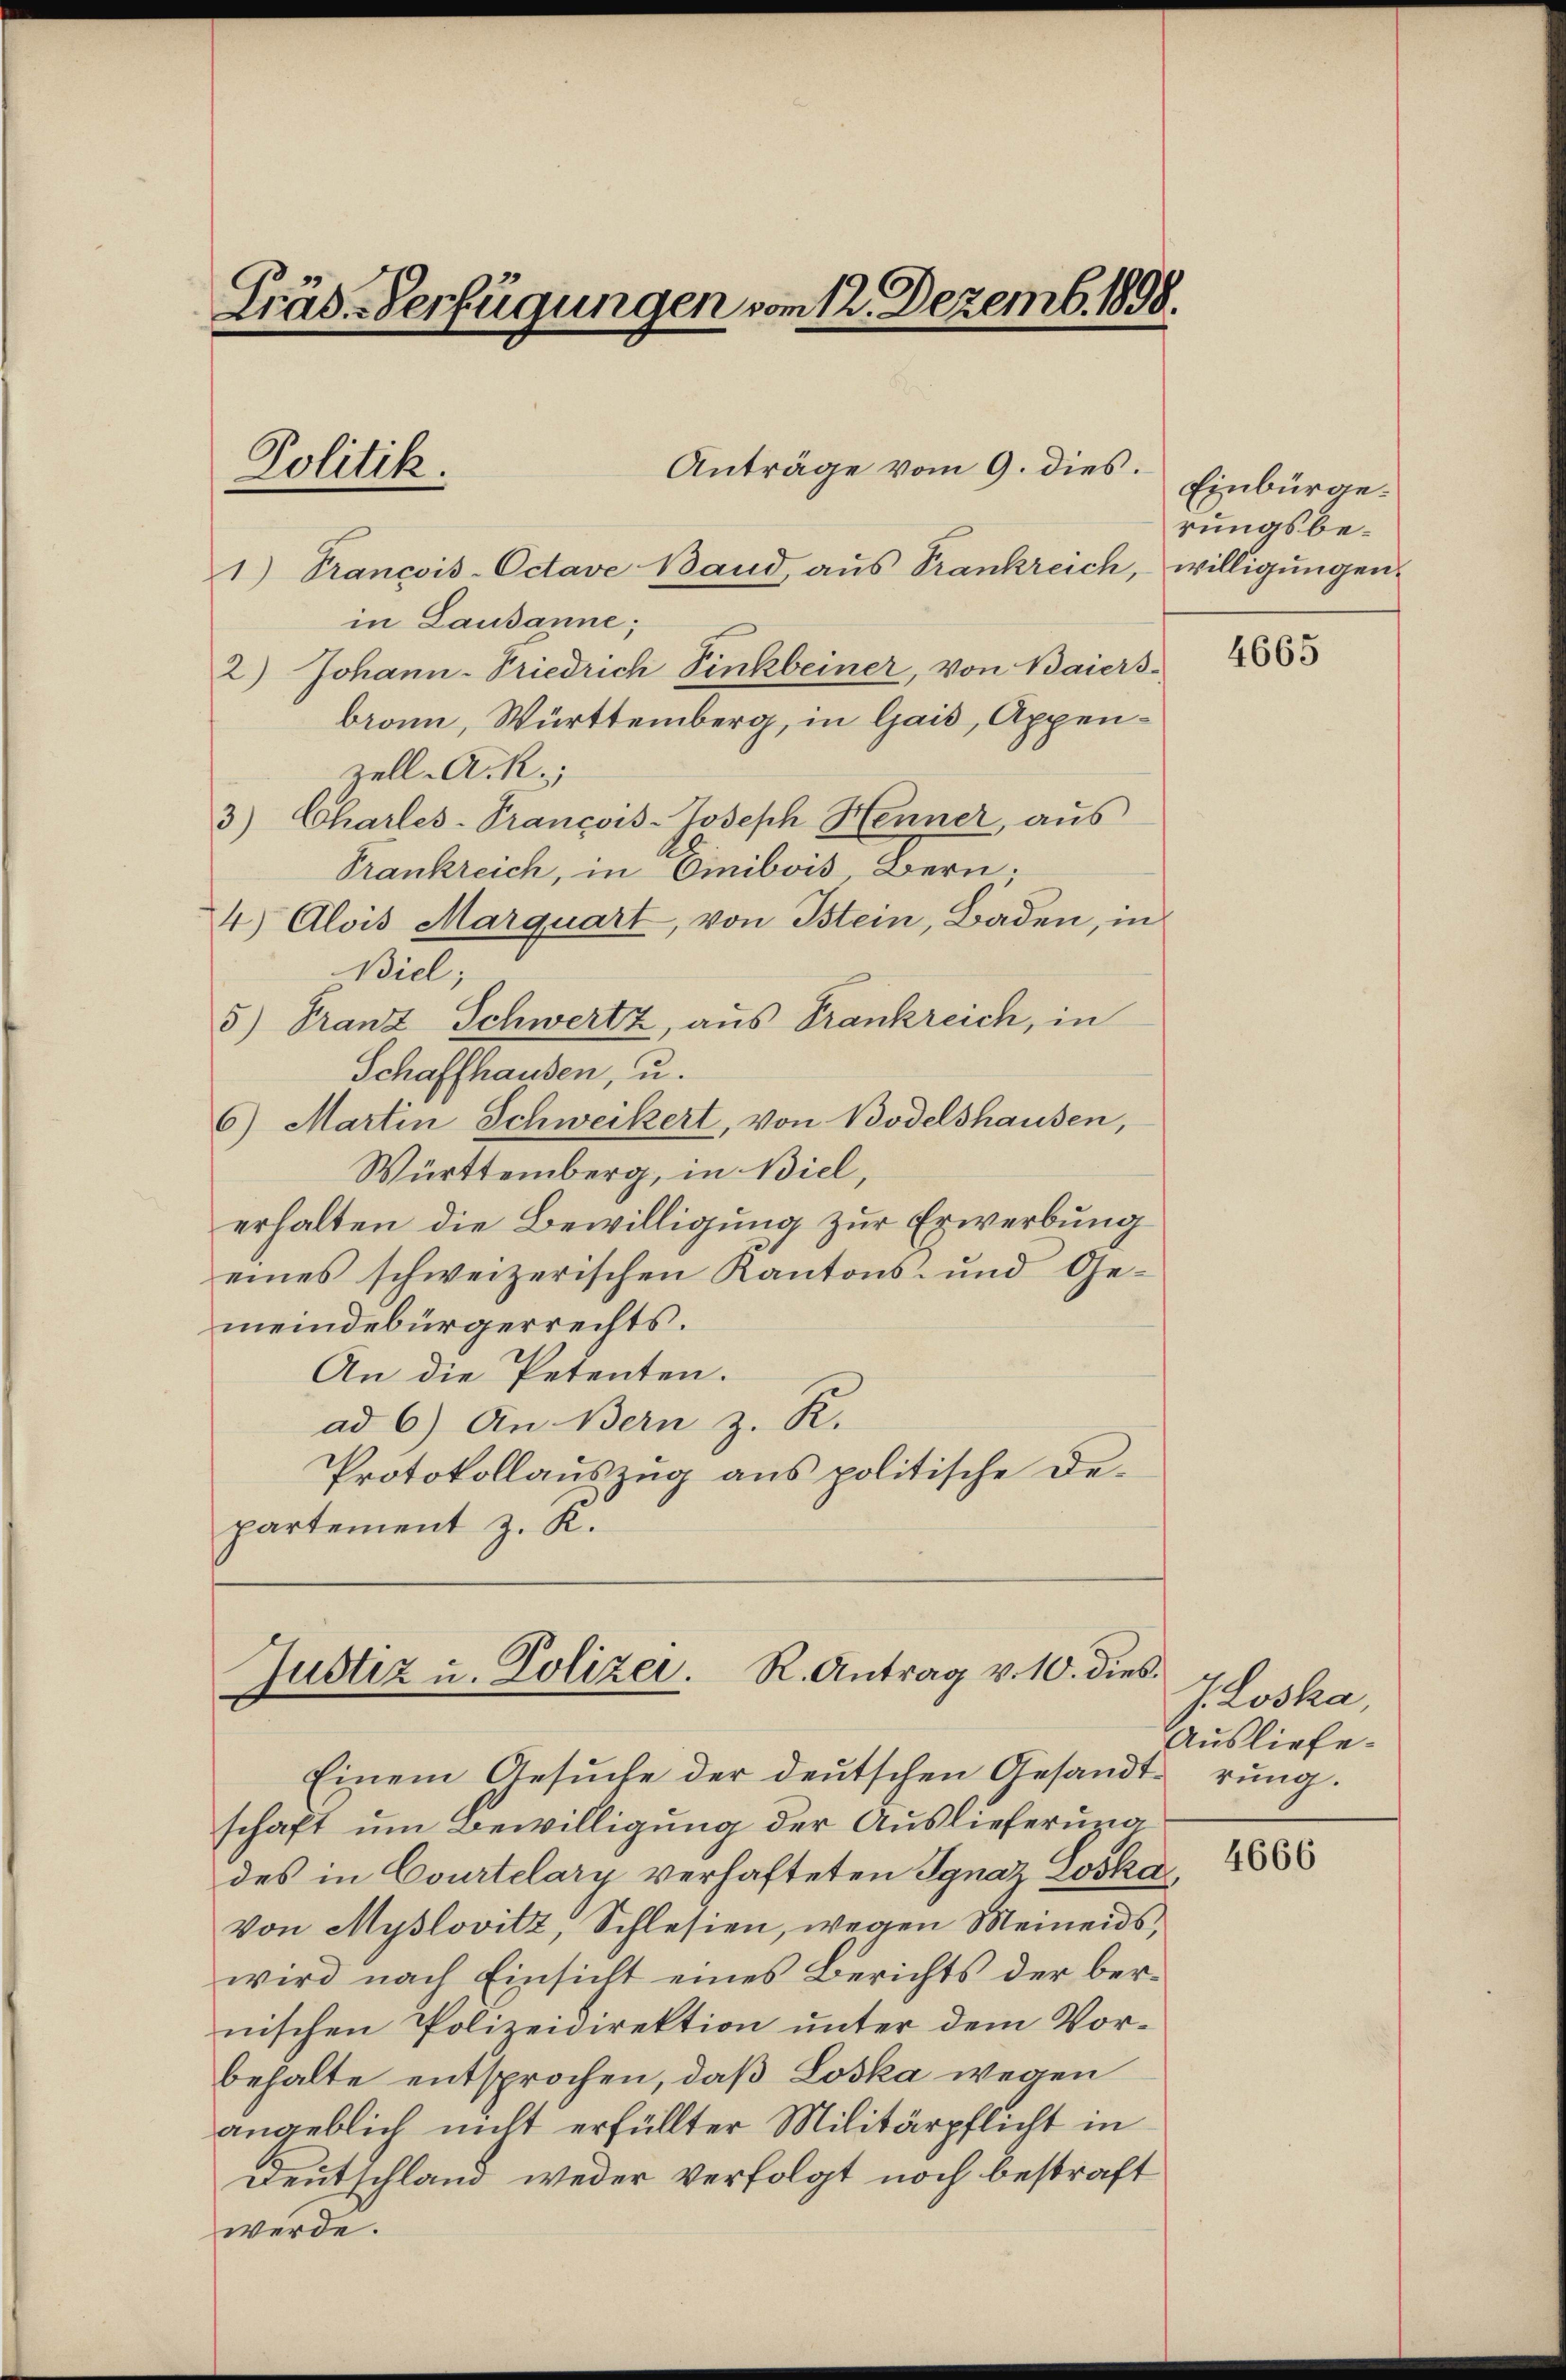
Lind-Verfügungen vom 12. Dezemb. 1898.

C
Politik.

Anträge vom 9. dies.

Justiz u. Polizei. R. Antrag v. 10. dies

1) Trancois-Octave Band, aŭs Trankreich, willigŭngen
in Lausanne;
2) Johann-Friedrich Sinkbeiner, von Baiers-
bronn, Württemberg, in Gais, Appenzell A. R.,
3) Charles-Trancois-Joseph Henner, aŭs
Trankreich, in Einibois Bern.
4) Alois Marquart, von Istein, Baden, in
Biel;
5) Franz Schwertz, aus Frankreich, in
Schaffhausen, u.
6) Martin Schweikert, von Bodelshausen,
Württemberg, in Biel,
erhalten die Bewilligung zur Erwerbung
eines schweizerischen Kantons- und Ge-
meindebürgerrechts.
An die Petenten.
ad 6) An Bern z. R.
Protokollauszug aus politische Departement z. K.

Einbürgerungsbe¬

Einem Gesŭche der deutschen Gesandterung.
schaft um Bewilligung der Auslieferung
des in Courtelary verhafteten Ignaz Loska
Von Myslovitz, Schlesien, wegen Meineids,
wird nach Einsicht eines Berichts der bernischen Polizeidirektion unter dem Vorbehalte entsprochen, daß Loska wegen
angeblich nicht erfüllter Militärpflicht in
Deutschland weder verfolgt noch bestraft
werde.

4665

J. Loska,
Ausliefe.

4666